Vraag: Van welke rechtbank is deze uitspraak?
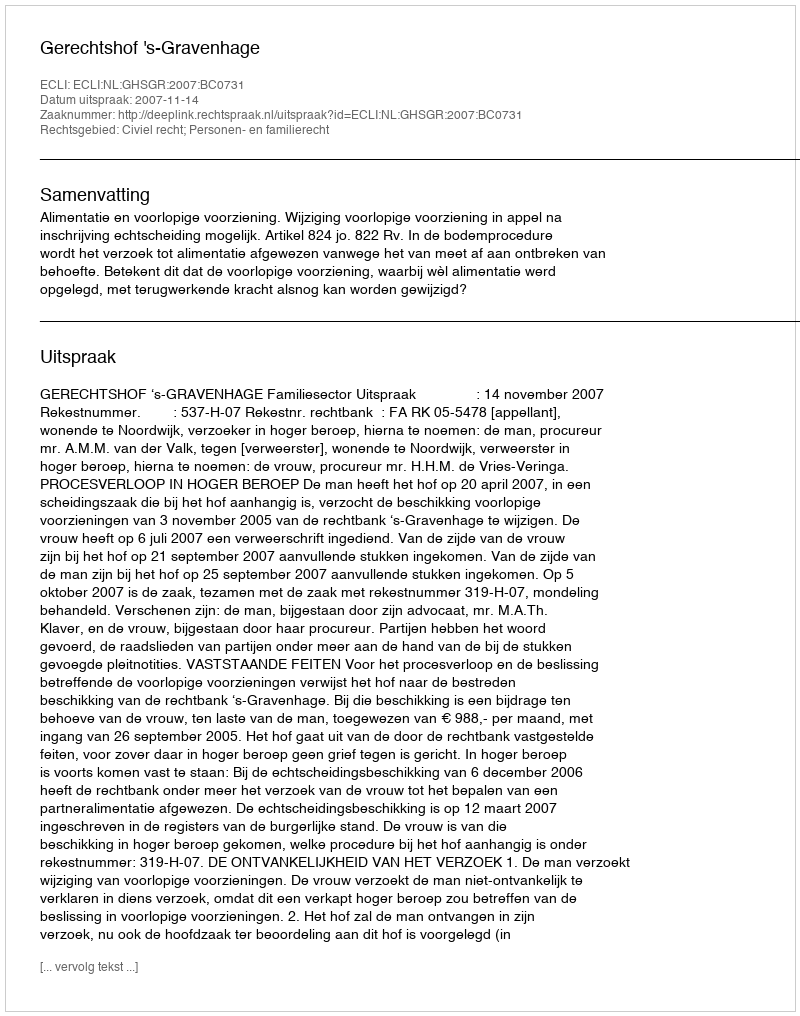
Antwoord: Gerechtshof 's-Gravenhage